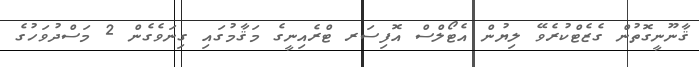
ޤާނޫނީގޮތުން ގެޒެޓްކުރެވޭ ލިޔުން އެޓޯލްސް އޮފިސަރ ޓްރެއިނީގެ މަޤާމުގައި ގިނަވެގެން 2 މަސްދުވަހުގެ